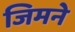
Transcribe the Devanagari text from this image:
जिमने